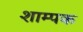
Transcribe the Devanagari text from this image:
शाम्पक